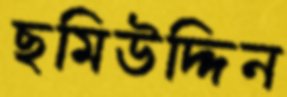
ছমিউদ্দিন